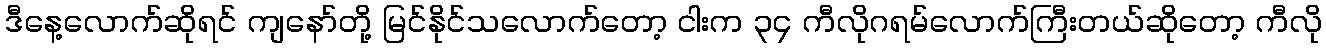
ဒီနေ့လောက်ဆိုရင် ကျနော်တို့ မြင်နိုင်သလောက်တော့ ငါးက ၃၄ ကီလိုဂရမ်လောက်ကြီးတယ်ဆိုတော့ ကီလို